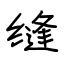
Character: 缝